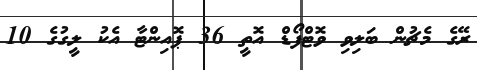
ރޭގެ މެޗުން ބަލިވި ވޮޓްފޯޑް އޮތީ 36 ޕޮއިންޓާ އެކު ލީގުގެ 10